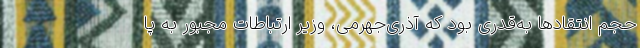
حجم انتقادها به‌قدری بود که آذری‌جهرمی، وزیر ارتباطات مجبور به پا